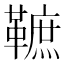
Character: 䩾